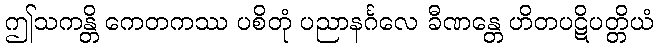
ဤသကန္တိ ကေတကဿ ပစိတုံ ပညာနင်္ဂလေ ခီဏန္တေ ဟိတပဋိပတ္တိယံ